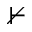
\nvdash